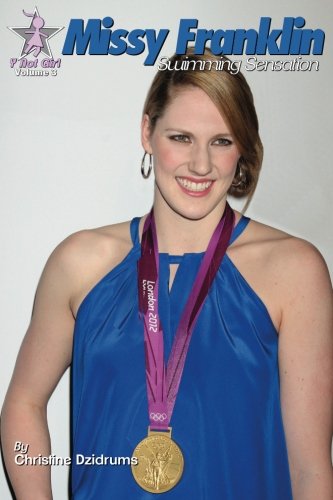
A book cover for Missy Franklin: Swimming Sensation: Y Not Girl Volume 3; Christine Dzidrums; Children's Books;